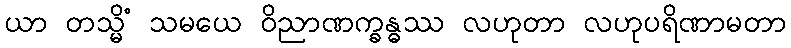
ယာ တသ္မိံ သမယေ ဝိညာဏက္ခန္ဓဿ လဟုတာ လဟုပရိဏာမတာ